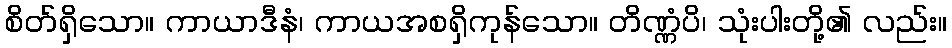
စိတ်ရှိသော။ ကာယာဒီနံ၊ ကာယအစရှိကုန်သော။ တိဏ္ဏံပိ၊ သုံးပါးတို့၏ လည်း။